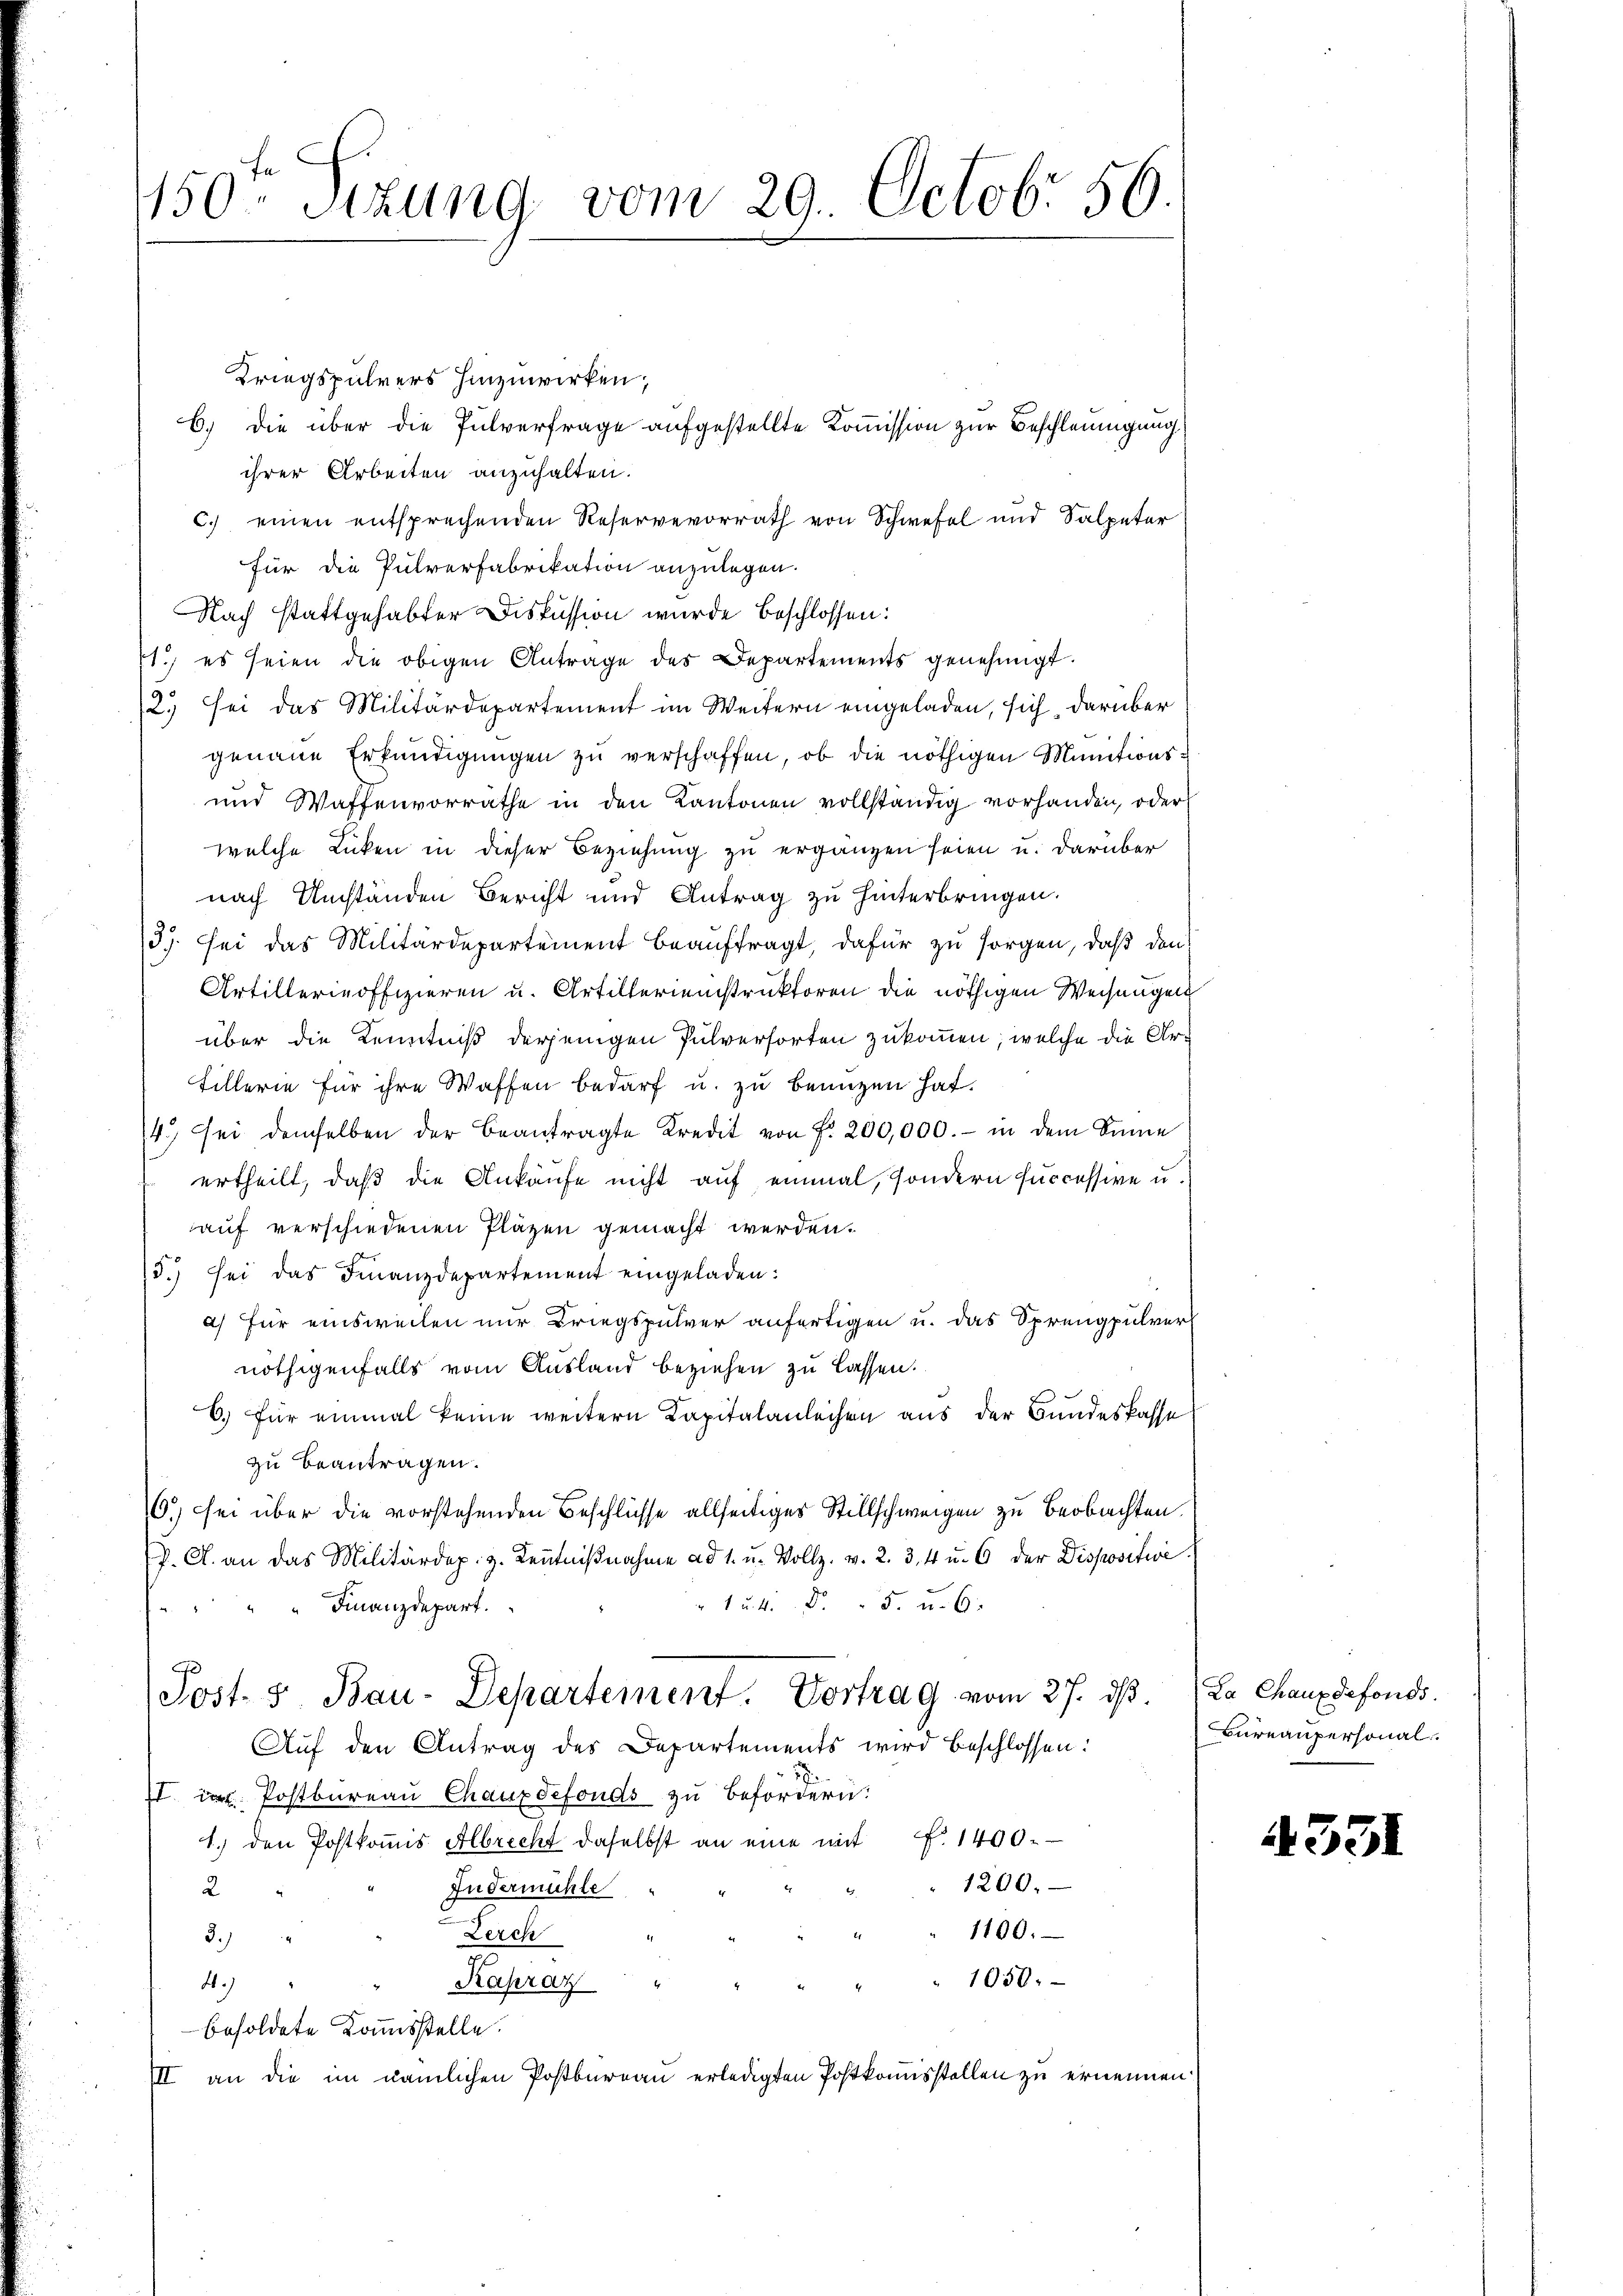
150ten Sizung vom 29. Octobr 56.

Kriegspührers hinzuwirken;
b.) Die über die Pulverfrage aufgestellte Kommission zur Beschleunigung
ihrer Arbeiten anzuhalten.
c. einen entsprechenden Reservevorrath von Schwefel und Salpeter
für die Pulverfabrikation anzulegen.
Nach stattgehabter Diskussion wurde beschlossen:
1., es seien die obigen Antrage des Departements genehmigt.
2. sei das Militärdepartement im Weitern eingeladen, sich, darüber
genaue Erkundigungen zu verschaffen, ob die nöthigen Munitions¬
und Waffenvorräthe in den Kantonen vollständig vorhanden, oder
welche Lücken in dieser Beziehung zu ergänzen seien u. darüber
nach Umständen Bericht und Antrag zu hinterbringen.
37. sei das Militärdepartement beauftragt, dafür zu sorgen, daß den
Artillerieoffizieren u. Artillerienstruktoren die nöthigen Weisungen
über die Kenntniß derjenigen Pulverforten zukommen, welche die Ar¬
Fillerie für ihre Waffen bedarf u. zu benuzen hat.
4. sei demselben der beantragte Kredit von Fr. 200,000.- in dem Sinne
ertheilt, daß die Ankäufe nicht auf einmal, sondern successive u.
auf verschiedenen Pläzen gemacht werden.
/5. sei das Finanzdepartement eingeladen:
a) für einsweilen nur Kriegspulver anfertigen u. das Sprengpulver
nöthigenfalls vom Ausland beziehen zu lassen.
6. für einmal keine weitern Kapitalanleihen aus der Bundeskasse
zu beantragen.
6.) sei über die vorstehenden Beschlüsse allseitiges Stillschweigen zu beobachten.
f. A. an das Militärdep. z. Kenntniβnahme ad 1. u. Vollz. v. 2. 3, 4 u. 6 der Dispositive
" 1 u. 4. d. 5. u. 6.
Finanzdepart.
Post- & Bau-Departement. Vortrag vom 27. dβ. La Chauxdefonds.
Auf den Antrag des Departements wird beschlossen:
II u. Postbüreau Chauxdefonds zu befördern:
1.) den Postkoṁis Albrecht daselbst an eine mit f. 1400.
1200.
2
Fudermühle
1100.
Zerch
2.)
1050.
4.)
Kapraz"
besoldete Kommisstelle.
III an die im nämlichen Postbureau erledigten Postkommisstellen zu ernennen.

Bureaupersonal.

4531